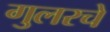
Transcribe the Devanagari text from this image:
गुलरचे